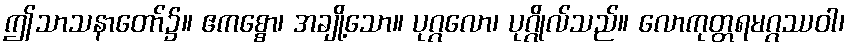
ဤသာသနာတော်၌။ ဧကစ္စော၊ အချို့သော။ ပုဂ္ဂလော၊ ပုဂ္ဂိုလ်သည်။ လောကုတ္တရမဂ္ဂဿဝါ၊